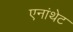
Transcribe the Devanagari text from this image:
एनांथेट